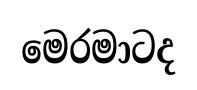
මෙරමාටද